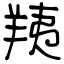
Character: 羠